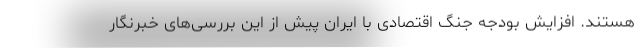
هستند. افزایش بودجه جنگ اقتصادی با ایران پیش از این بررسی‌های خبرنگار